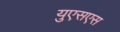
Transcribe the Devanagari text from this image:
युएसएस